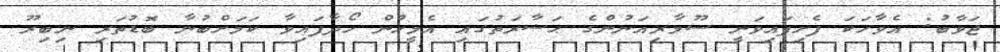
ޖަވާބު: އެވާހަކަ ފެށިފައިވަނީ ސޫމާރިއަނުންގެ ޙަޟާރަތުގައި އެމީހުން ހޯދާފައިވާ ކަމަށްބުނާ ބޮޑުތަރި ނިބިރޫ